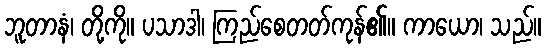
ဘူတာနံ၊ တို့ကို။ ပသာဒါ၊ ကြည်စေတတ်ကုန်၏။ ကာယော၊ သည်။